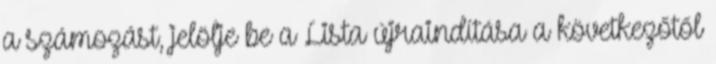
a számozást, jelölje be a Lista újraindítása a következőtől